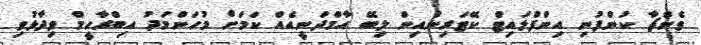
ވެންޗާ ކުންފުނި އިންފްލައިޓް ކޭޓަރިންއިން ލިބޭ އާމްދަނީއެއް ކަމަށް މުހަންމަދު އިބްރާހީމް ވިދާޅުވި